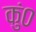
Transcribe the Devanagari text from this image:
कुं०